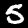
Label: 5